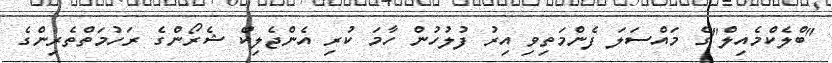
"ބްލެކްމެއިލް"ގެ މައްސަލަ ފެންމަތިވި އިރު ފުލުހުން ހާމަ ކުރި އެންޖެލިކް ޝެރޯންގެ ރަހުމަތްތެރިންގެ